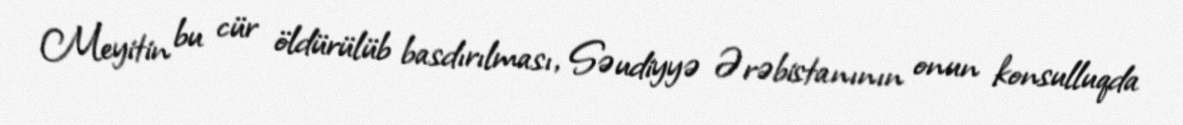
Meyitin bu cür öldürülüb basdırılması, Səudiyyə Ərəbistanının onun konsulluqda